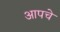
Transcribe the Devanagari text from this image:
आपचे